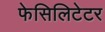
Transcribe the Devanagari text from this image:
फेसिलिटेटर